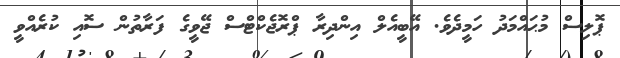
ޕޮލިސް މުޙައްމަދު ހަމީދެވެ. އޭބީއެލް އިންދިރާ ޕްރޮޖެކްޓްސް ޖޭވީގެ ފަރާތުން ސޮއި ކުރެއްވީ